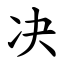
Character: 决